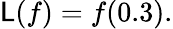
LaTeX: \mathsf{L}(f)=f(0.3){\mathrm{{.}}}